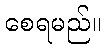
စေရမည်။